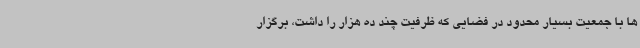
ها با جمعیت بسیار محدود در فضایی که ظرفیت چند ده هزار را داشت، برگزار